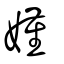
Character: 嫤